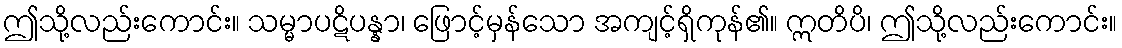
ဤသို့လည်းကောင်း။ သမ္မာပဋိပန္နာ၊ ဖြောင့်မှန်သော အကျင့်ရှိကုန်၏။ ဣတိပိ၊ ဤသို့လည်းကောင်း။